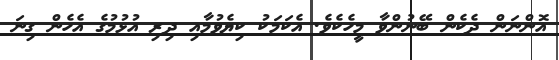
އޮންނަން ދެކެން ބޭނުންވާ މީހެކެވެ. އެކަމަކު ކިޔެވުމާއި ދިރި އުޅުމުގެ އެހެން ގިނަ